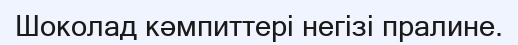
Шоколад кәмпиттері негізі пралине.